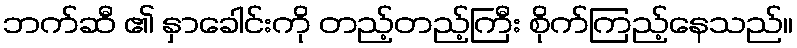
ဘက်ဆီ ၏ နှာခေါင်းကို တည့်တည့်ကြီး စိုက်ကြည့်နေသည်။